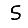
Digit: 5